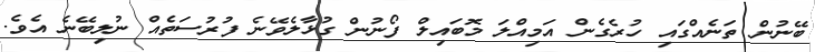
ބޭނުން ތަނެއްގައި ހުރެގެން އަމިއްލަ މޮބައިލް ފޯނުން ގުޅާލެވޭނެ ފުރުސަތެއް ނުލިބޭނެ އެވެ.